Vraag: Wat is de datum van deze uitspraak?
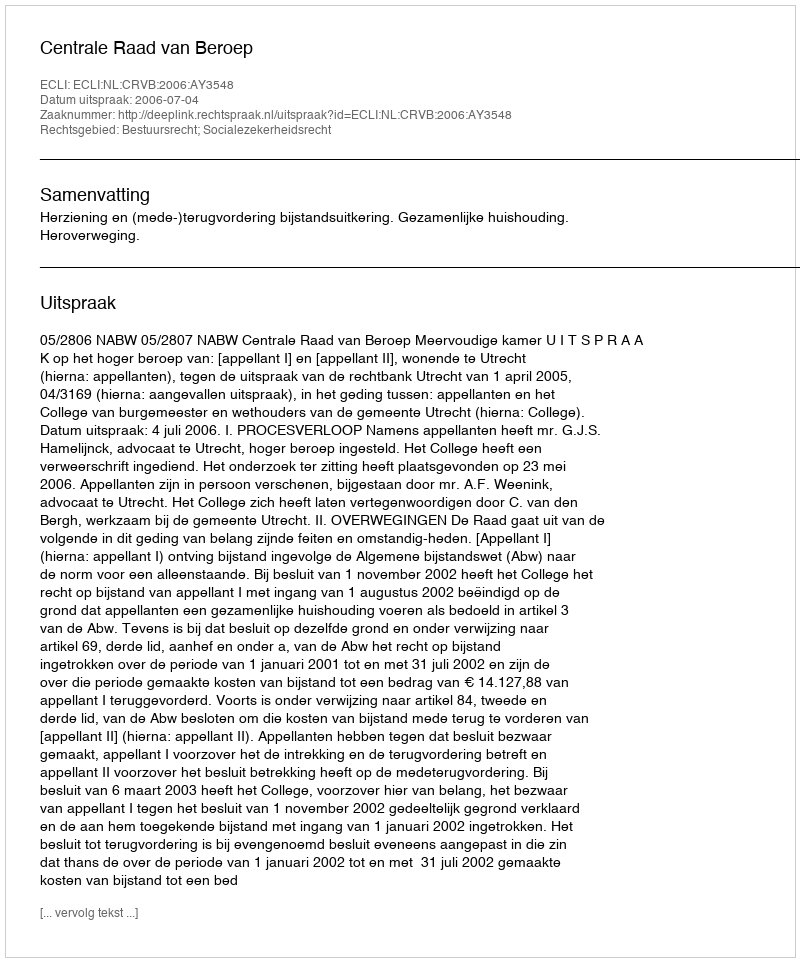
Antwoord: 2006-07-04